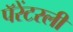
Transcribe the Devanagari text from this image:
पॅरेंटरली